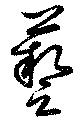
芸